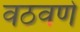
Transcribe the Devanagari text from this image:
वठवणे